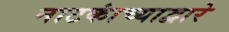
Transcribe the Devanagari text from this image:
नाटकांच्याद्वारे